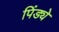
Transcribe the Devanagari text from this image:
पिंड्ये